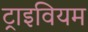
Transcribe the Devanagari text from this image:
ट्राइवियम